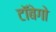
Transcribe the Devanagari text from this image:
टॉबेगो